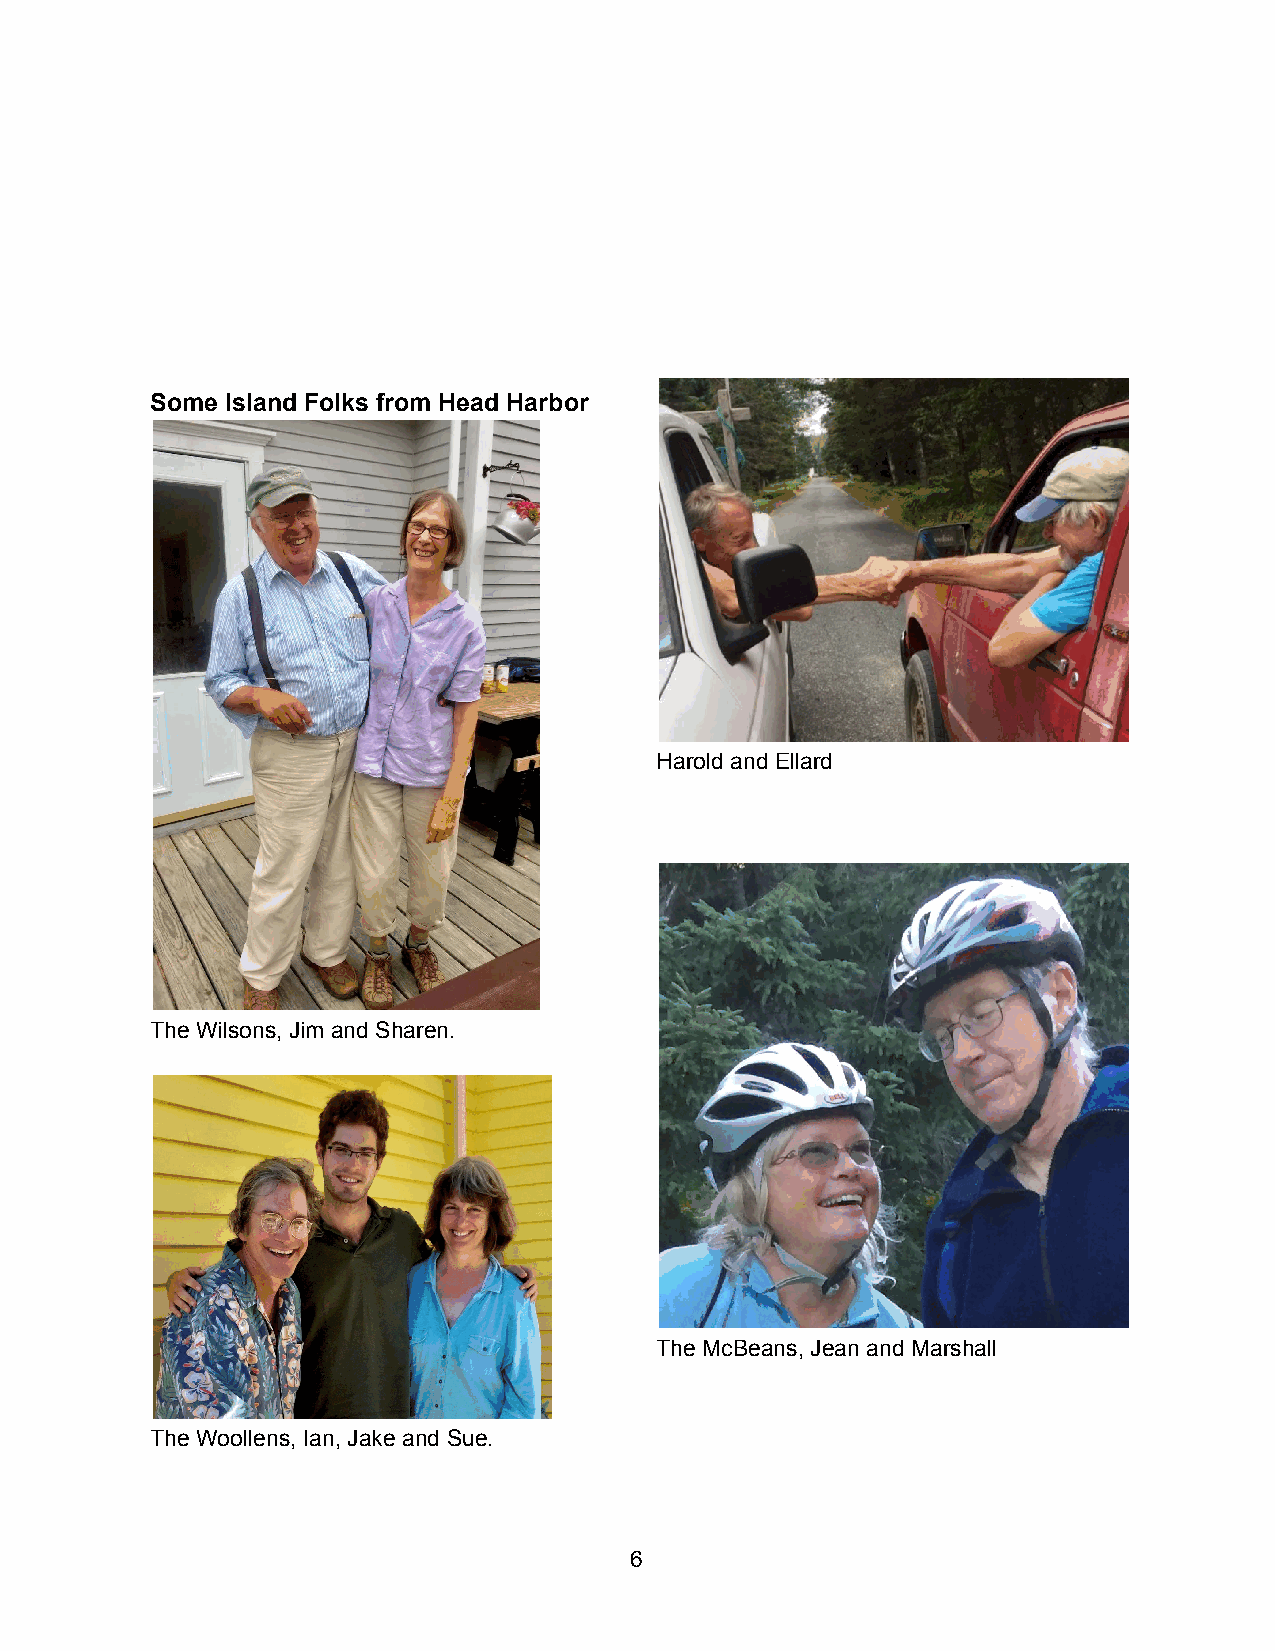
Some Island Folks from Head Harbor
 Harold and Ellard
 The Wilsons, Jim and Sharen.
 The McBeans, Jean and Marshall
 The Woollens, Ian, Jake and Sue.
 6